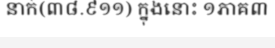
នាក់(៣៨.៩១១) ក្នុងនោះ ១ភាគ៣